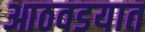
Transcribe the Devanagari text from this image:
आठवडयात